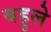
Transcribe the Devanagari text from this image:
बहुले